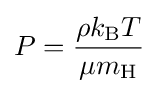
P={\frac {\rho k_{\text{B}}T}{\mu m_{\text{H}}}}